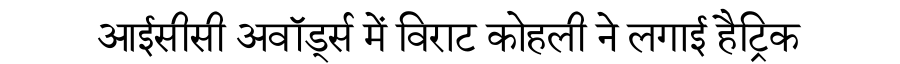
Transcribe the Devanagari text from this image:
आईसीसी अवॉर्ड्स में विराट कोहली ने लगाई हैट्रिक